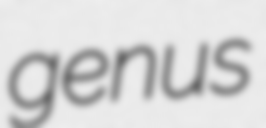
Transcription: genus